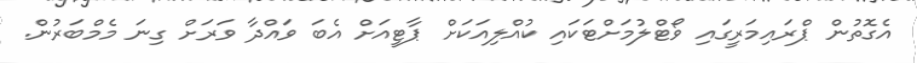
އެގޮތުން ޕްރައިމަރީގައި ވޯޓްލުމަށްޓަކައި ކުއްލިއަކަށް ޕާޓީއަށް އެބަ ވައްދާ ވަރަށް ގިނަ މެމްބަރުން.